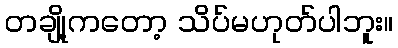
တချို့ကတော့ သိပ်မဟုတ်ပါဘူး။